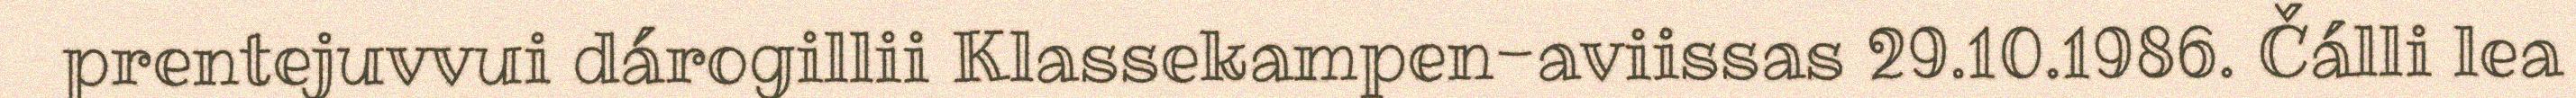
prentejuvvui dárogillii Klassekampen-aviissas 29.10.1986. Čálli lea